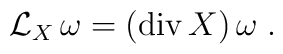
{\mathcal L}_X \, \omega = ({\rm div}\, X ) \, \omega \; .